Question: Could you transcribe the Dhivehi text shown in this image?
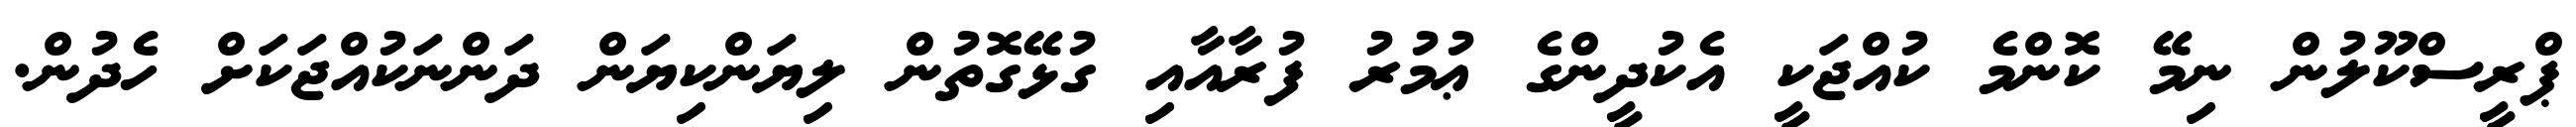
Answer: ޕްރީސްކޫލުން ނިމޭ ކޮންމެ ކުއްޖަކީ އެކުދީންގެ ޢުމުރު ފުރާއާއި ގުޅޭގޮތުން ލިޔަންކިޔަން ދަންނަކުއްޖަކަށް ހެދުން.